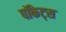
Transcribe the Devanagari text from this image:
पॉकेट्स